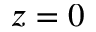
z = 0